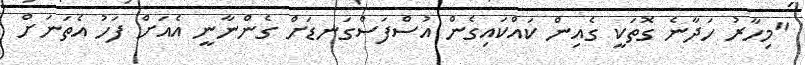
"މިހާރު ހަދާނެ ގޮތަކީ ގެއިން ކައްކައިގެން އުސްފަސްގަނޑަށް ގެންނާނީ އެއަށް ފަހު އެތަނަށް